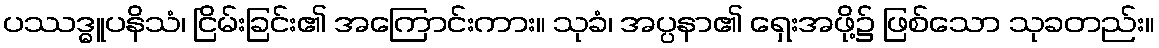
ပဿဒ္ဓူပနိသံ၊ ငြိမ်းခြင်း၏ အကြောင်းကား။ သုခံ၊ အပ္ပနာ၏ ရှေးအဖို့၌ ဖြစ်သော သုခတည်း။